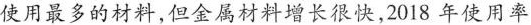
使用最多的材料,但金属材料增长很快,2018 年使用率